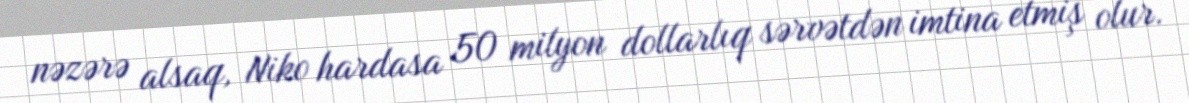
nəzərə alsaq, Niko hardasa 50 milyon dollarlıq sərvətdən imtina etmiş olur.